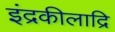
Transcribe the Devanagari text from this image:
इंद्रकीलाद्रि